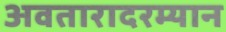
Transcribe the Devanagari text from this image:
अवतारादरम्यान